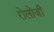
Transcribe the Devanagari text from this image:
रोलोजी